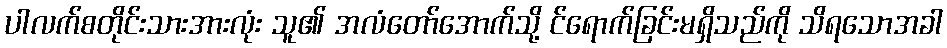
ပါလက်စတိုင်းသားအားလုံး သူ၏ အလံတော်အောက်သို့ င်ရောက်ခြင်းမရှိသည်ကို သိရသောအခါ